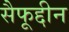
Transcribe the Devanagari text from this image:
सैफूद्दीन